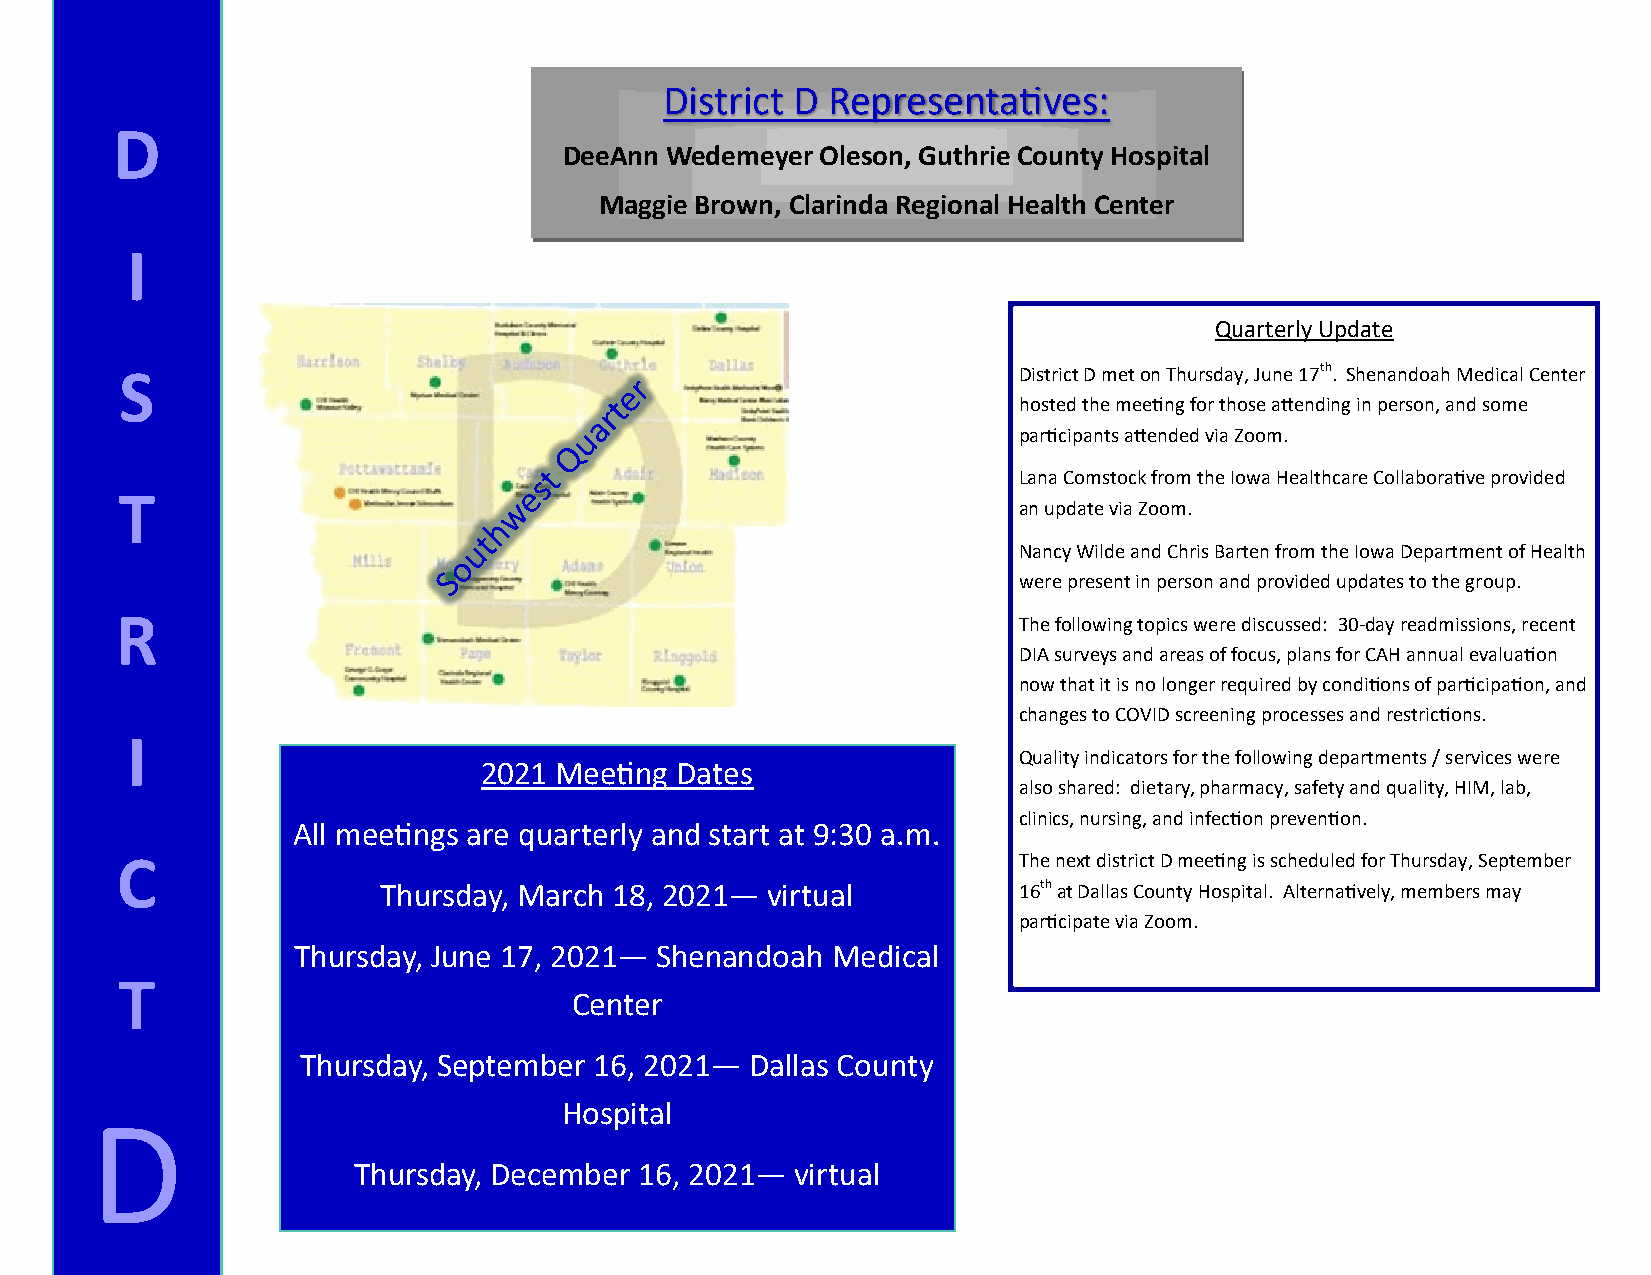
District D Representatives:
 D
 DeeAnn Wedemeyer Oleson, Guthrie County Hospital
 Maggie Brown, Clarinda Regional Health Center
 I
 Quarterly Update
 S                                                          District D met on Thursday, June 17th. Shenandoah Medical Center
 hosted the meeting for those attending in person, and some
 participants attended via Zoom.
 Lana Comstock from the Iowa Healthcare Collaborative provided
 T                                                          an update via Zoom.
 Nancy Wilde and Chris Barten from the Iowa Department of Health
 were present in person and provided updates to the group.
 R                                                          The following topics were discussed: 30- day readmissions, recent
 DIA surveys and areas of focus, plans for CAH annual evaluation
 now that it is no longer required by conditions of participation, and
 changes to COVID screening processes and restrictions.
 I
 Quality indicators for the following departments / services were
 2021 Meeting Dates
 also shared: dietary, pharmacy, safety and quality, HIM, lab,
 clinics, nursing, and infection prevention.
 All meetings are quarterly and start at 9:30 a.m.
 C                                                          The next district D meeting is scheduled for Thursday, September
 Thursday, March 18, 2021— virtual         16th at Dallas County Hospital. Alternatively, members may
 participate via Zoom.
 Thursday, June 17, 2021— Shenandoah Medical
 T
 Center
 Thursday, September 16, 2021— Dallas County
 Hospital
 D
 Thursday, December 16, 2021—  virtual